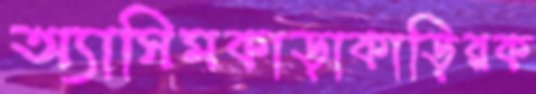
অ্যাসিমকাড়াকাড়িরক